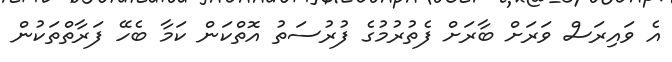
އެ ވައިރަސް ވަރަށް ބާރަށް ފެތުރުމުގެ ފުރުސަތު އޮތްކަން ކަމާ ބެހޭ ފަރާތްތަކުން